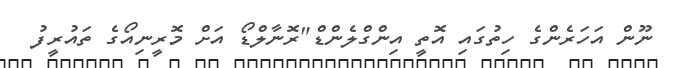
ނޫން އަހަރެންގެ ހިތުގައި އޮތީ އިންގްލެންޑް"ރޮނާލްޑޯ އަށް މޮރީނިއޯގެ ތައުރީފު